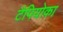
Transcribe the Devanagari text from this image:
टैपियोका